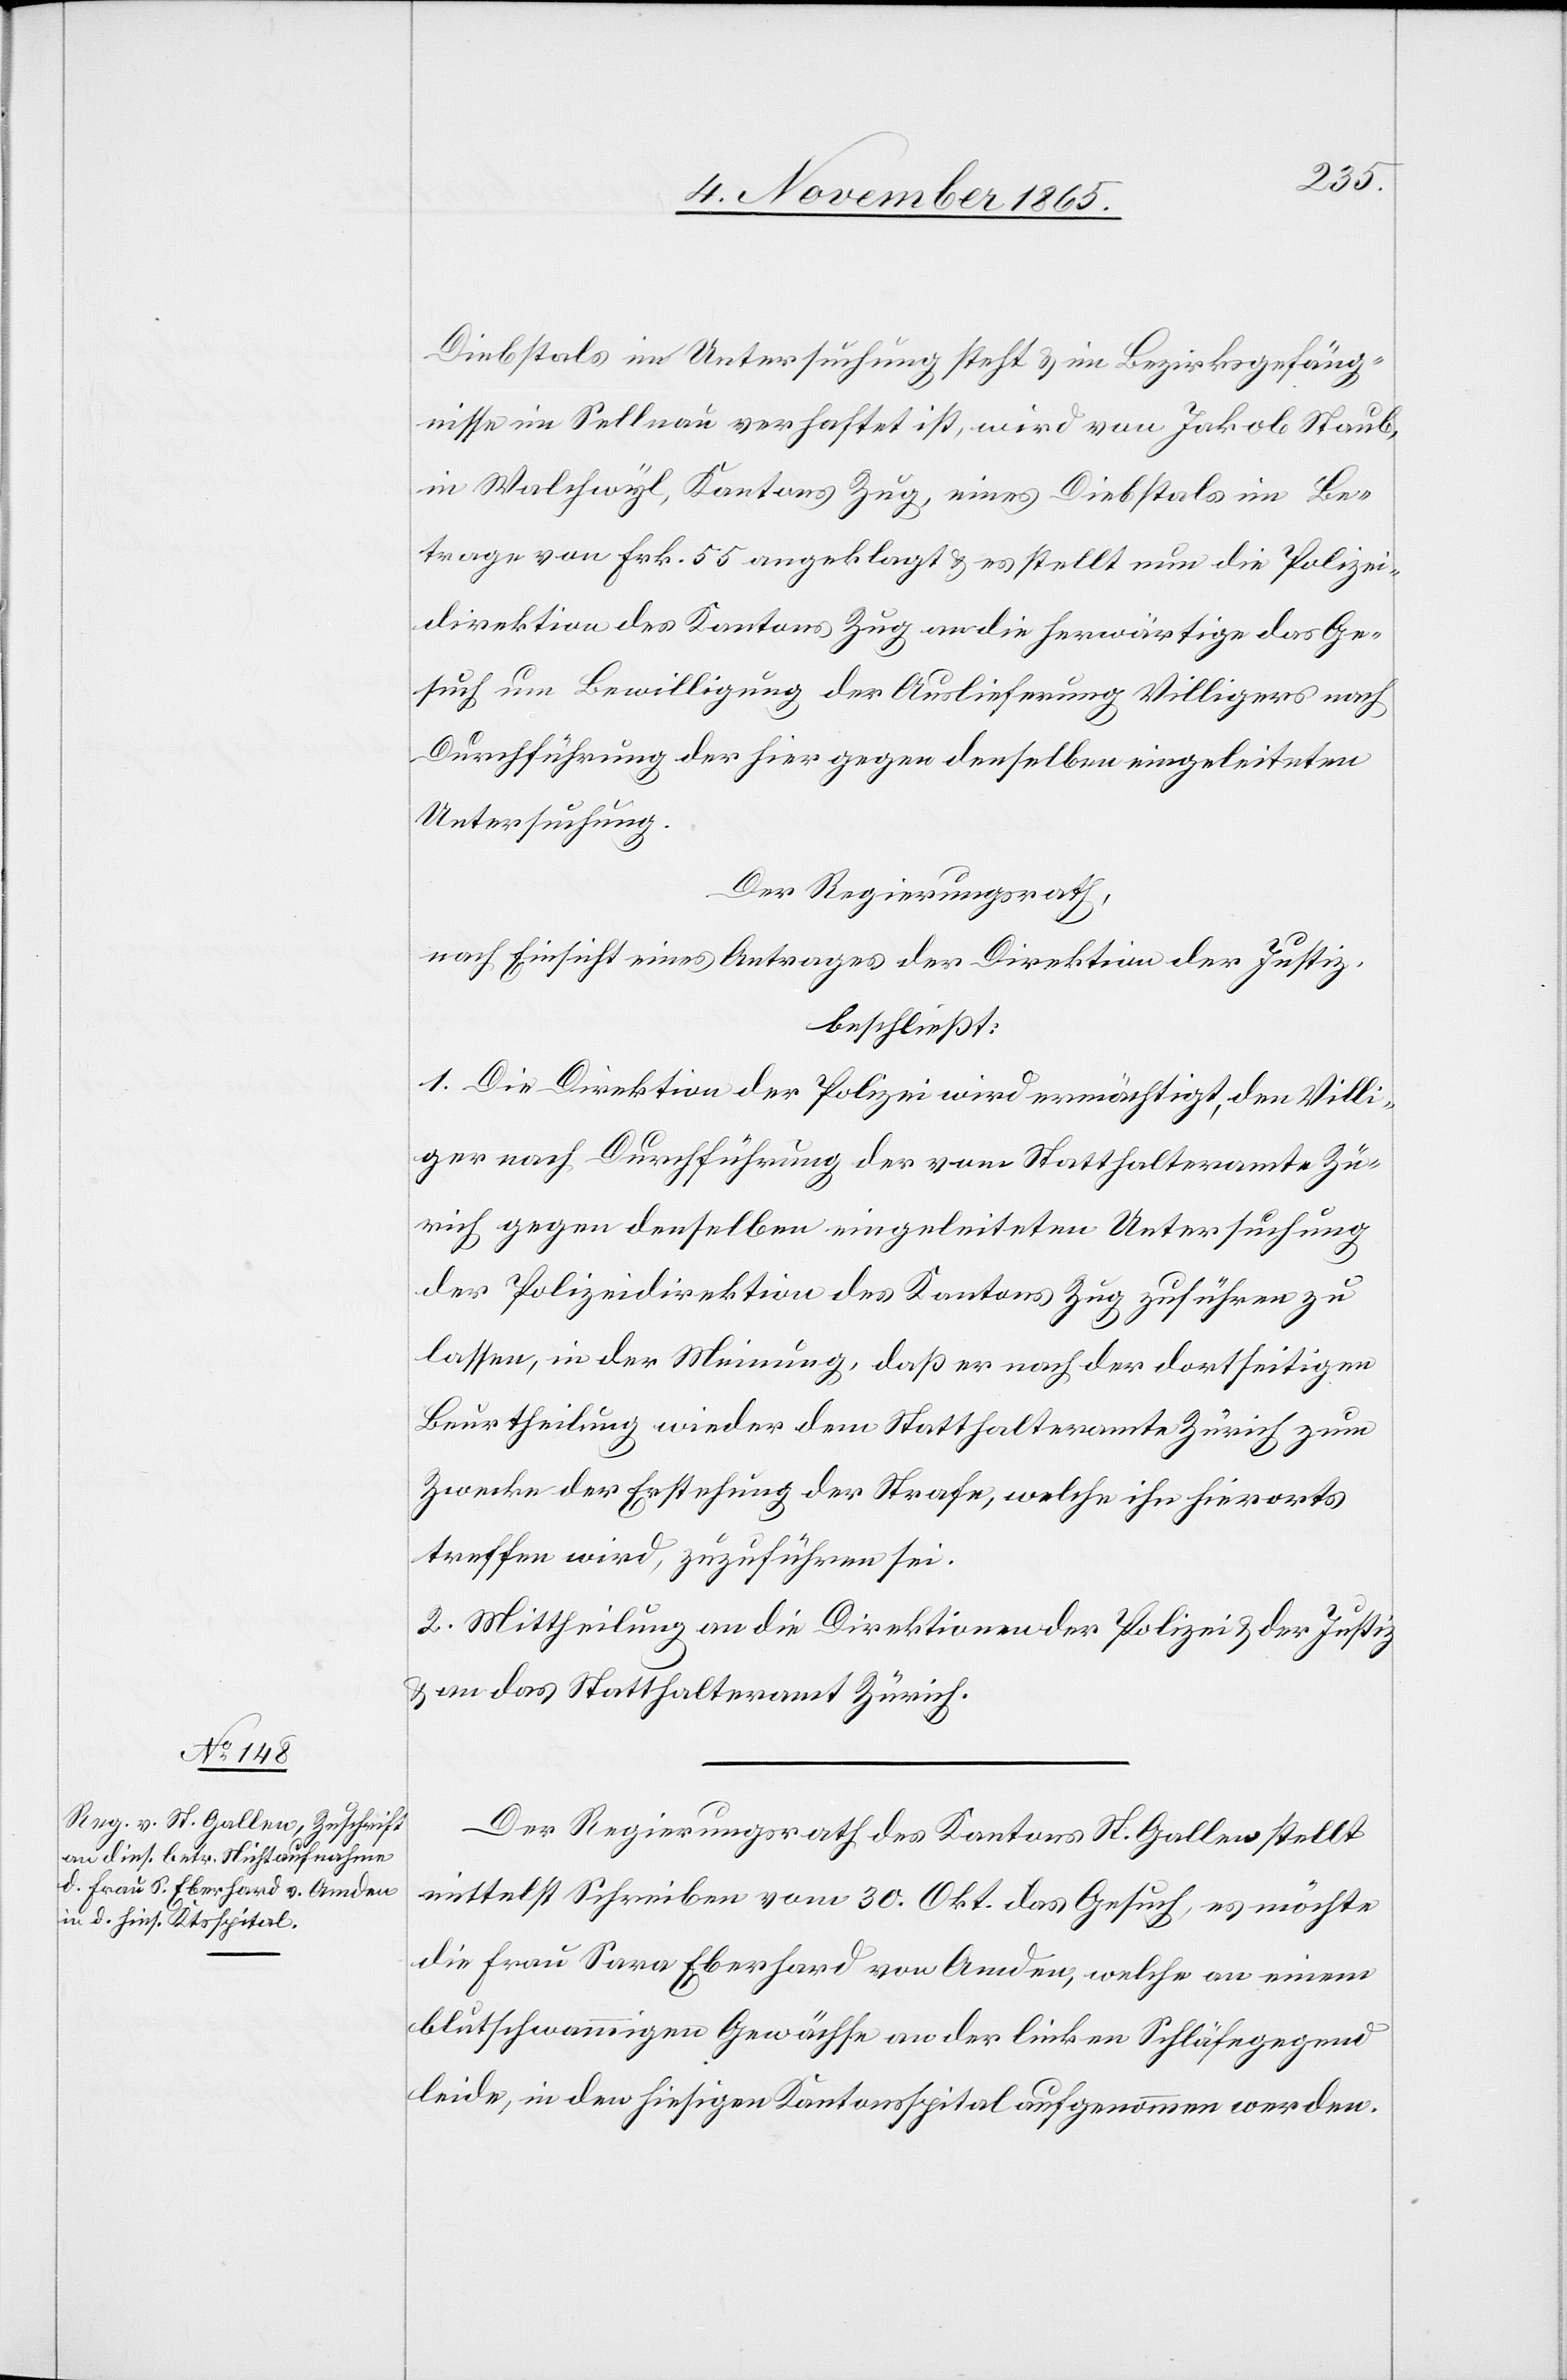
Diebstals in Untersuchung steht & im Bezirksgefäng¬
nisse im Sellnau verhaftet ist, wird von Jakob Staub,
in Walchwyl, Kantons Zug, eines Diebstals im Be¬
trage von Frk. 55 angeklagt & es stellt nun die Polizei¬
direktion des Kantons Zug an die herwärtige das Ge¬
such um Bewilligung der Auslieferung Villigers nach
Durchführung der hier gegen denselben eingeleiteten
Untersuchung.
Der Regierungsrath,
nach Einsicht eines Antrages der Direktion der Justiz,
beschließt:
1. Die Direktion der Polizei wird ermächtigt, den Villi¬
ger nach Durchführung der vom Statthalteramte Zü¬
rich gegen denselben eingeleiteten Untersuchung
der Polizeidirektion des Kantons Zug zuführen zu
lassen, in der Meinung, daß er nach der dortseitigen
Berurtheilung wieder dem Statthalteramte Zürich zum
Zwecke der Erstehung der Strafe, welche ihn hierorts
treffen wird, zuzuführen sei.
2. Mittheilung an die Direktionen der Polizei & der Justiz
& an das Statthalteramt Zürich.
Der Regierungsrath des Kantons St. Gallen stellt
mittelst Schreiben vom 30. Okt. das Gesuch, es möchte
die Frau Sara Eberhard von Amden, welche an einem
blutschwammigen Gewächse an der linken Schläfengegend
leide, in den hiesigen Kantonsspital aufgenommen werden.